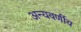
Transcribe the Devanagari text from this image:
अन्यवर्णीय